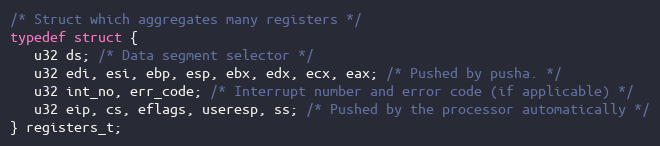
Language: C
/* Struct which aggregates many registers */
typedef struct {
   u32 ds; /* Data segment selector */
   u32 edi, esi, ebp, esp, ebx, edx, ecx, eax; /* Pushed by pusha. */
   u32 int_no, err_code; /* Interrupt number and error code (if applicable) */
   u32 eip, cs, eflags, useresp, ss; /* Pushed by the processor automatically */
} registers_t;